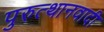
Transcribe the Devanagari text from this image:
पुरुत्थानवादी